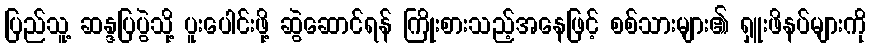
ပြည်သူ့ ဆန္ဒပြပွဲသို့ ပူးပေါင်းဖို့ ဆွဲဆောင်ရန် ကြိုးစားသည့်အနေဖြင့် စစ်သားများ၏ ရှူးဖိနပ်များကို